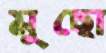
মুছো